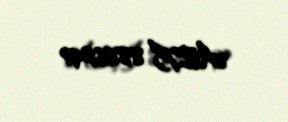
AZE 8866291